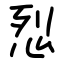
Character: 㤠